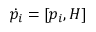
{ \dot { p } } _ { i } = [ p _ { i } , H ]